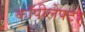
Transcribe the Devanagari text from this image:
कॉपीलेफ्ट।